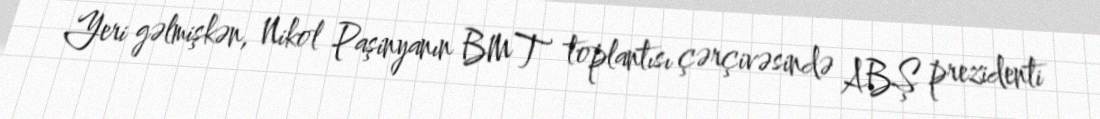
Yeri gəlmişkən, Nikol Paşinyanın BMT toplantısı çərçivəsində ABŞ prezidenti